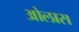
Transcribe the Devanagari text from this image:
ओलास